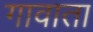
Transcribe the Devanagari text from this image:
गावाता